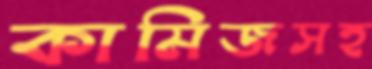
কামিজসহ